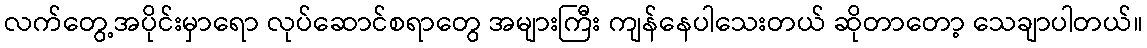
လက်တွေ့အပိုင်းမှာရော လုပ်ဆောင်စရာတွေ အများကြီး ကျန်နေပါသေးတယ် ဆိုတာတော့ သေချာပါတယ်။